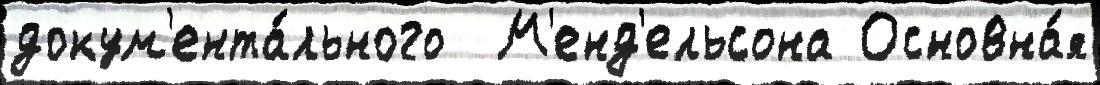
докум'ента́льного  М'енд'ельсона Основна́я